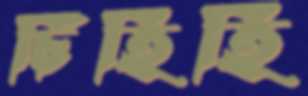
চিঁঁহিঁহিঁ